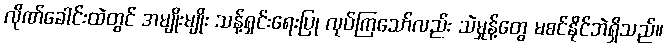
လိုဏ်ခေါင်းထဲတွင် အမျိုးမျိုး သန့်ရှင်းရေးပြု လုပ်ကြသော်လည်း သဲမှုန့်တွေ မစင်နိုင်ဘဲရှိသည်။